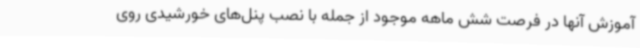
آموزش آنها در فرصت شش ماهه‌ موجود از جمله با نصب پنل‌های خورشیدی روی